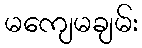
မကျေမချမ်း